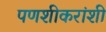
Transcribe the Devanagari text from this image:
पणशीकरांशी